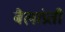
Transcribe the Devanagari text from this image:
बैलांप्रती